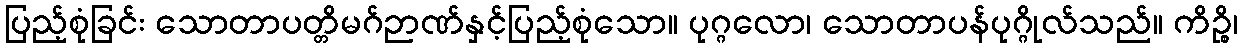
ပြည့်စုံခြင်း သောတာပတ္တိမဂ်ဉာဏ်နှင့်ပြည့်စုံသော။ ပုဂ္ဂလော၊ သောတာပန်ပုဂ္ဂိုလ်သည်။ ကိဉ္စိ၊